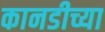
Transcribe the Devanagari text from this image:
कानडीच्या